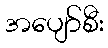
အပျော်စီး